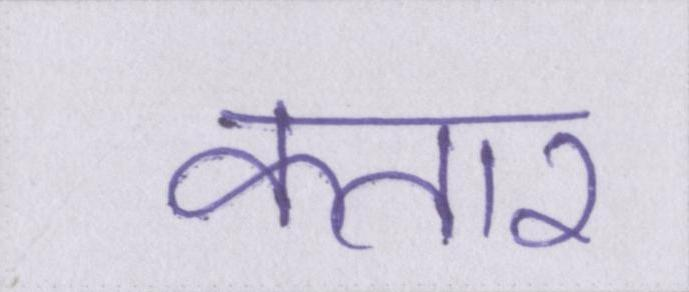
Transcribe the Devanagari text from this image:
कतार